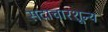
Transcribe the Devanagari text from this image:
सदाचारशून्य